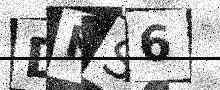
Text: DKS6